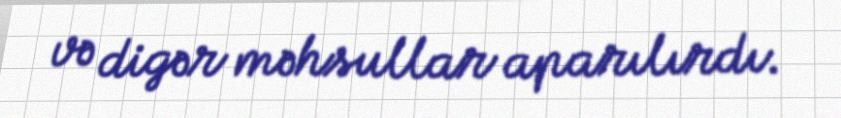
və digər məhsullar aparılırdı.